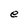
Character: e